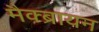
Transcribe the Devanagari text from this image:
मैक्ब्रायन